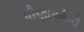
પીણાઓની